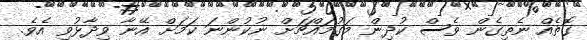
ގޮތެއް ނެތިގެން ވެސް ކުދިން މަގުމައްޗަށް ނުކުންނަ ކަމަށް އޭނާ ވިދާޅުވި އެވެ.